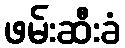
ဖမ်းဆီးခံ